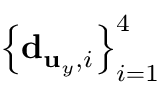
\left\{ { \bf d } _ { { \bf u } _ { y } , i } \right\} _ { i = 1 } ^ { 4 }